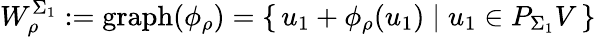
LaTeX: W_{\rho}^{\Sigma_{1}}:=\mathrm{graph}(\phi_{\rho})=\left\{ \, u_{1}+\phi_{\rho}(u_{1})\; \vert\; u_{1}\in P_{\Sigma_{1}}V\, \right\}